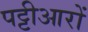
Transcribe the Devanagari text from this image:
पट्टीआरों